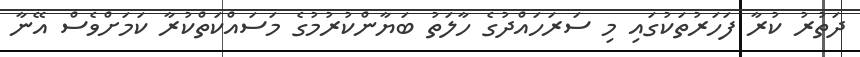
ދަތުރު ކުރާ ފަހަރުތަކުގައި މި ސަރަހައްދުގެ ހާލަތު ބަޔާންކުރުމުގެ މަސައްކަތްކުރާ ކަމަށްވެސް އޭނާ